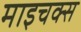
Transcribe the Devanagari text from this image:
माइचक्स